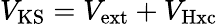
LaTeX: V_{\mathrm{KS}}=V_{\mathrm{ext}}+V_{\mathrm{Hxc}}